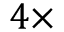
4 \times